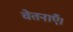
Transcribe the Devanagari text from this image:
चेतनाएँ।